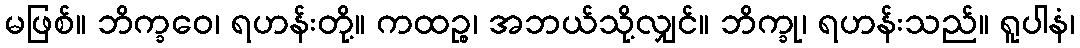
မဖြစ်။ ဘိက္ခဝေ၊ ရဟန်းတို့။ ကထဉ္စ၊ အဘယ်သို့လျှင်။ ဘိက္ခု၊ ရဟန်းသည်။ ရူပါနံ၊